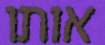
אותו